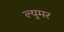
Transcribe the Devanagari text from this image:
ल्युमर